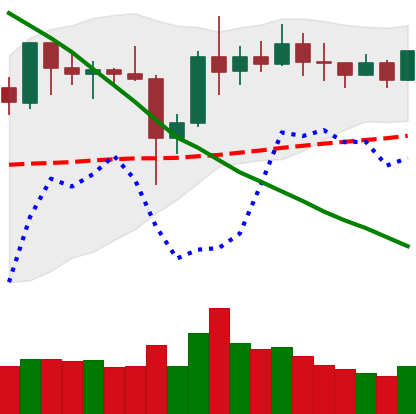
Ticker: XRP-USD
Chart end date: 2019-11-04
Forward return: -6.582%
Label: down_5_7